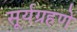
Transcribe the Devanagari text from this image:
सूर्यग्रहणे